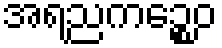
အရညကဉ္စေဝ